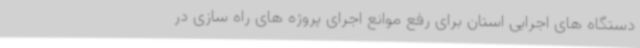
دستگاه های اجرایی استان برای رفع موانع اجرای پروژه های راه سازی در